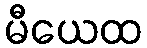
မီယေထ